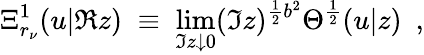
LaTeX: \Xi_{r_{\nu}}^{1}(u|\Re z)\; \equiv\; \operatorname*{lim}_{\Im z\downarrow 0}(\Im z)^{\frac{1}{2}b^{2}}\Theta^{\frac{1}{2}}(u|z)\ \ ,